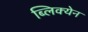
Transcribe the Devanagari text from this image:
ब्लिक्येन